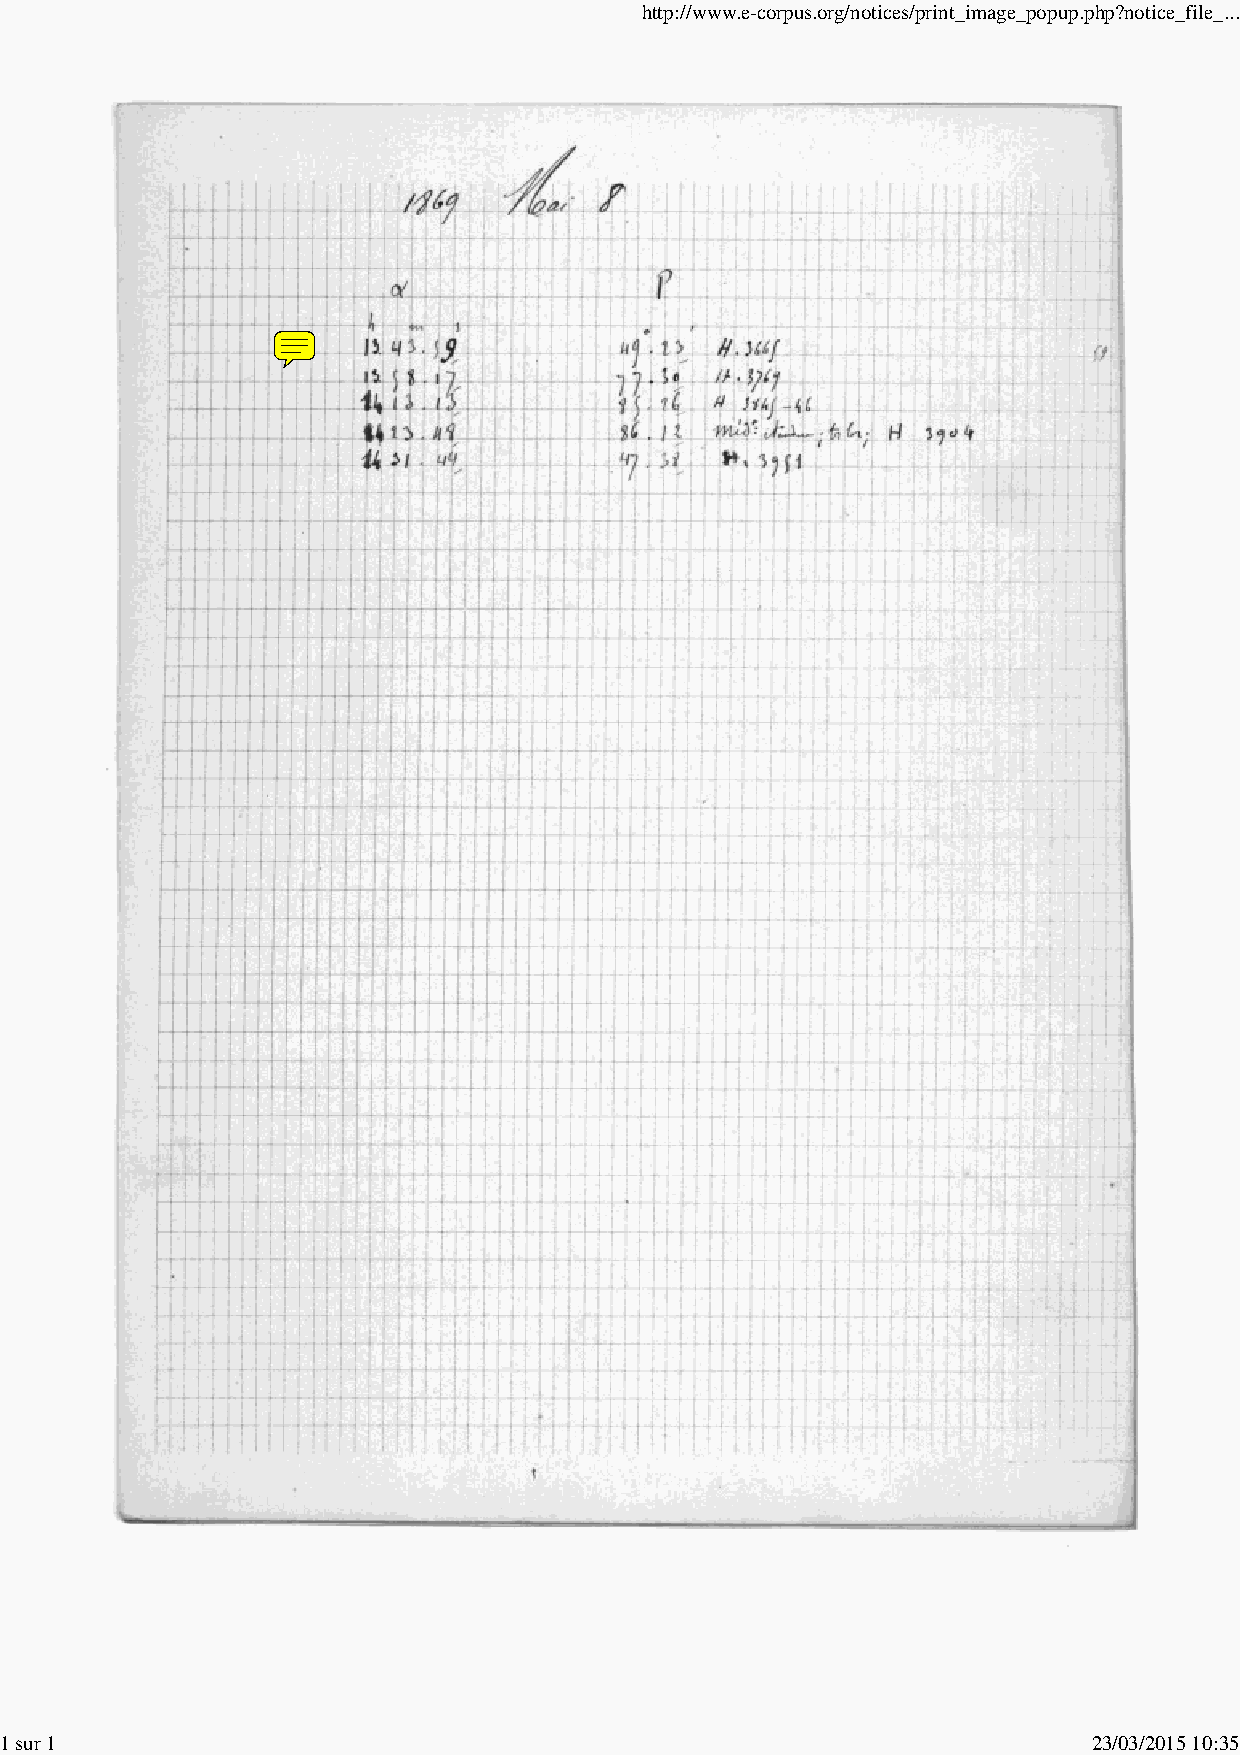
http://www.e-corpus.org/notices/print_image_popup.php?notice_file_...
 1 sur 1                                                                 23/03/2015 10:35